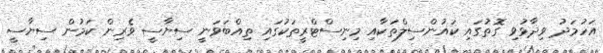
އަހުމަދު ވިދާޅުވި ގޮތުގައި ކައުންސިލްތަކާއި މިނިސްޓްރީތަކުގައި ތިއްބަވަނީ ސިޔާސީ ވެރިން ކަމުން ސިޔާސީ